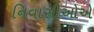
નિવાસીઓએ